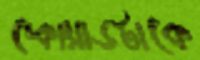
স্কোয়াডটাকে